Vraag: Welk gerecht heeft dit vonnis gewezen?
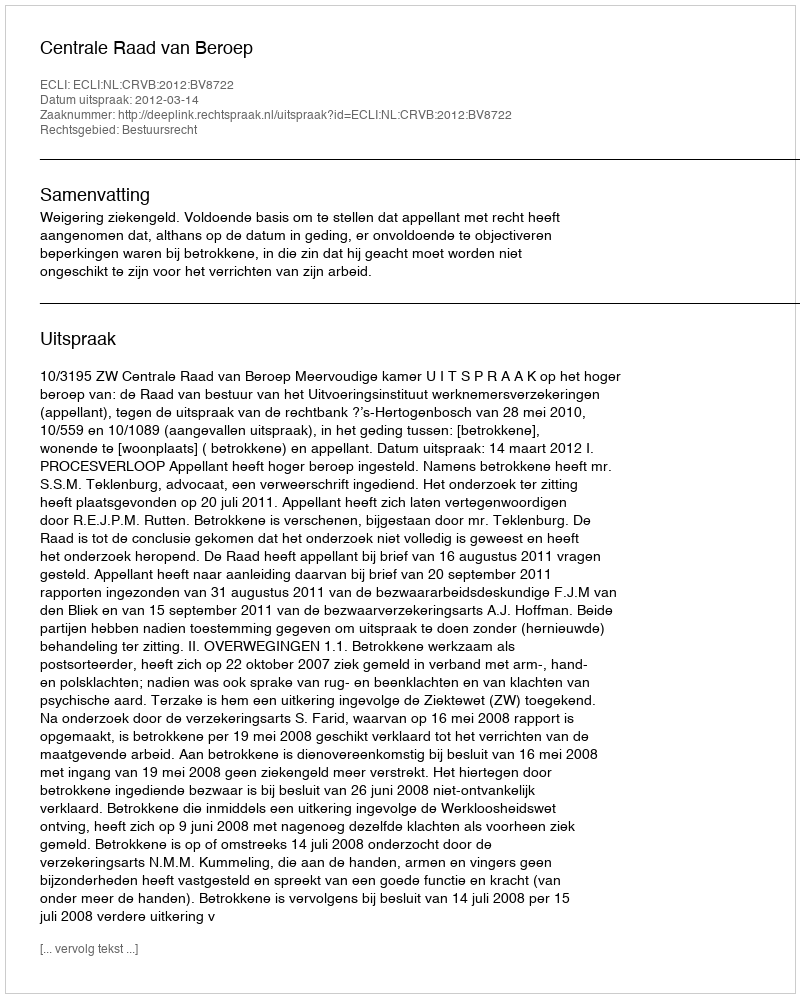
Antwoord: Centrale Raad van Beroep